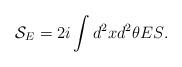
LaTeX: \begin{align*}{\mathcal{S}}_{E}=2i\int{d^{2}xd^{2}\theta ES}.\end{align*}